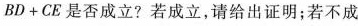
B D + C E$$是否成立?若成立，请给出证明；若不成